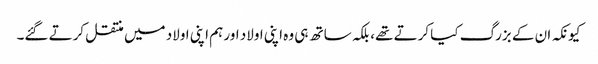
کیونکہ ان کے بزرگ کیا کرتے تھے، بلکہ ساتھ ہی وہ اپنی اولاد اور ہم اپنی اولاد میں منتقل کرتے گئے۔